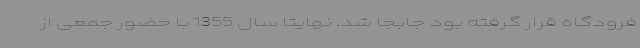
فرودگاه قرار گرفته بود جابجا شد. نهایتاً سال 1355 با حضور جمعی از